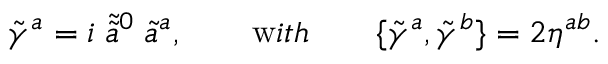
\tilde { \gamma } ^ { a } = i \; \tilde { \tilde { a } } { } ^ { 0 } \; \tilde { a } ^ { a } , \qquad { \mathrm w i t h } \qquad \{ \tilde { \gamma } ^ { a } , \tilde { \gamma } ^ { b } \} = 2 \eta ^ { a b } .